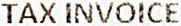
TAX INVOICE